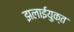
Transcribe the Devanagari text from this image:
झलाईयुक्त